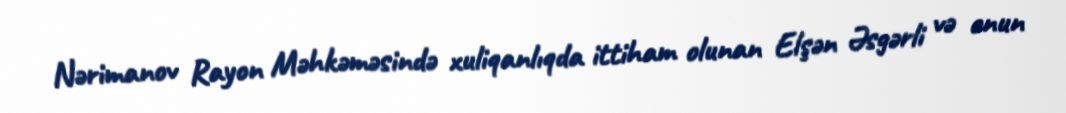
Nərimanov Rayon Məhkəməsində xuliqanlıqda ittiham olunan Elşən Əsgərli və onun